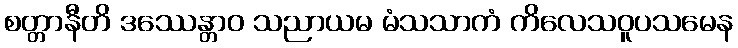
စတ္တာနီတိ ဒဿေန္တာဝ သညာယမ မံသသာကံ ကိလေသဝူပသမေန